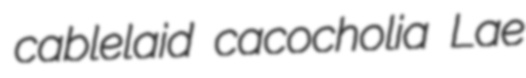
cablelaid cacocholia Lae